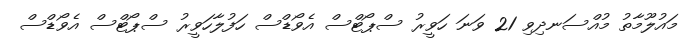
މައުލޫމާތު މުއްސަނދިވި 21 ވަނަ ހަވީރު ސްޕޯޓްސް އެވޯޑްސް ހަފުލާހަވީރު ސްޕޯޓްސް އެވޯޑްސް